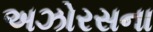
અઝોરસના